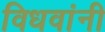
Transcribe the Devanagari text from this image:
विधवांनी